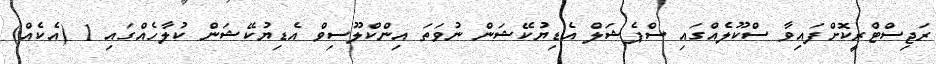
ރަޖިސްޓްރީކޮށްފައިވާ ސްކޫލެއްގައި ސްޕެޝަލް އެޑިޔުކޭޝަން ނުވަތަ އިންކްލޫސިވް އެޑިޔުކޭޝަން ކުލާހެއްގައި 1 (އެކެއް)